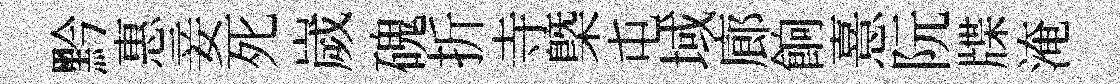
黔惠妾死嵗磈折寺槩屯域廊餉憙阮牒淹